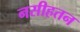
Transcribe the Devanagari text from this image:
नसीहतन